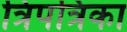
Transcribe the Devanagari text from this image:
त्रिपत्रिका